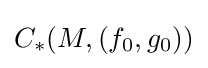
C_{*}(M,(f_{0},g_{0}))